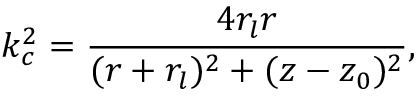
k _ { c } ^ { 2 } = \frac { 4 r _ { l } r } { ( r + r _ { l } ) ^ { 2 } + ( z - z _ { 0 } ) ^ { 2 } } ,